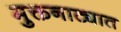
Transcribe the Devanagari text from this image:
मुक्तनाट्यात